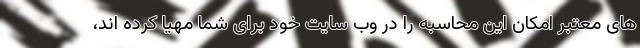
های معتبر امکان این محاسبه را در وب سایت خود برای شما مهیا کرده اند،